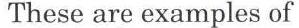
These are examples of